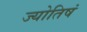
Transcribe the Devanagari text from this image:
ज्योतिषं